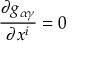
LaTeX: \frac { \partial g _ { \alpha \gamma } } { \partial x ^ { i } } = 0